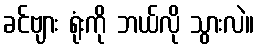
ခင်ဗျား ရုံးကို ဘယ်လို သွားလဲ။